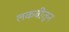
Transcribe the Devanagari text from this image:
लकबीतून